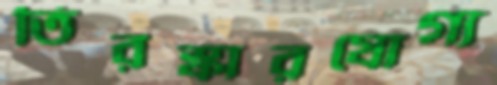
তিরস্কারযোগ্য